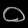
Digit: ၀